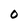
Character: o